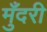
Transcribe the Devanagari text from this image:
मुँदरी